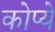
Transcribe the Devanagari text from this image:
कोप्ये